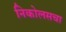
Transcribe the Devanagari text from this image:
निकोलसचा